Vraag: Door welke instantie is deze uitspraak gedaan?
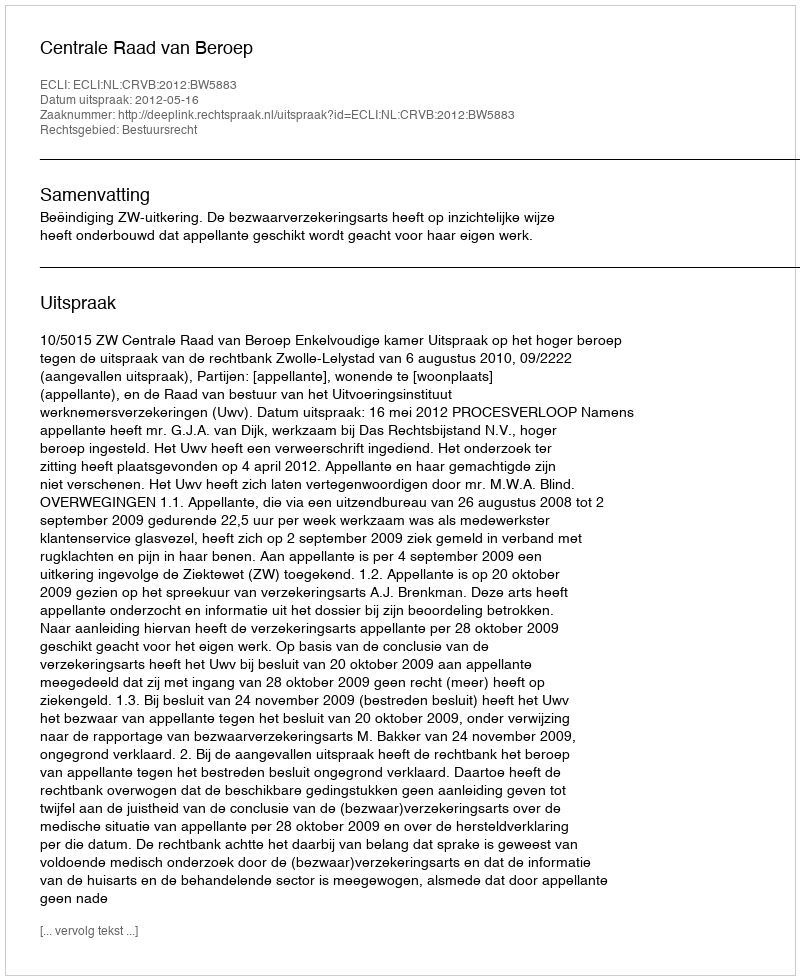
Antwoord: Centrale Raad van Beroep